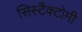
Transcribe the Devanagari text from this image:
सिस्टैक्टोमी